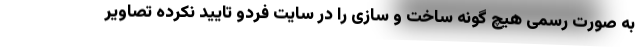
به صورت رسمی هیچ گونه ساخت و سازی را در سایت فردو تایید نکرده تصاویر